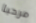
مرحبا